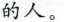
的人。